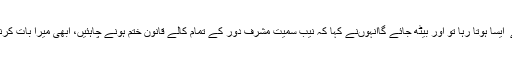
انہوںنے کہاکہ یہ ملک پہلے ہی بیٹھ چکا ہے ٗ ایسا ہوتا رہا تو اور بیٹھ جائے گاانہوںنے کہا کہ نیب سمیت مشرف دور کے تمام کالے قانون ختم ہونے چاہئیں، ابھی میرا بات کرنے کا دل نہیں کرتا، بولوں گا لیکن ابھی نہیں۔